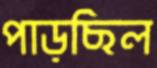
পাড়ছিল